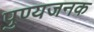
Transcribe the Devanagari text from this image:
पुण्यजनक